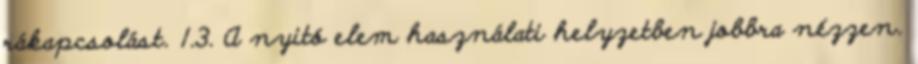
rákapcsolást. 1.3. A nyitó elem használati helyzetben jobbra nézzen.